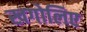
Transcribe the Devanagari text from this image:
खगोलिए